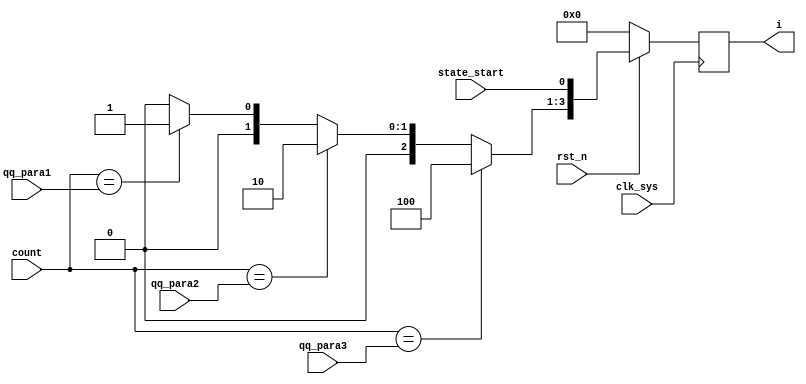
// qq_coder.v
module qq_coder(
             clk_sys,
             rst_n,
             state_start,
             count,
             qq_para1,
             qq_para2,
             qq_para3,
             i
            );
input clk_sys;
input rst_n;
input state_start;

input [4:0] count;
input [3:0] qq_para1;
input [5:0] qq_para2;
input [5:0] qq_para3;

output [3:0] i;

reg [2:0] i_reg;
reg [3:0] i;

always @ (count or qq_para1 or qq_para2 or qq_para3)
    begin
         case (count)
             qq_para3:
                 i_reg = 3'b100;
             qq_para2:
                 i_reg = 3'b010;
             qq_para1:
                 i_reg = 3'b001;
             default:
                 i_reg = 3'b000;
         endcase
    end

always @ (posedge clk_sys)
    begin
         if (rst_n == 1'b0)
             i <= 4'b0000;
         else
             i <= {i_reg,state_start};
    end

endmodule